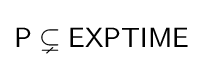
{\mathsf {P}}\subsetneq {\mathsf {EXPTIME}}